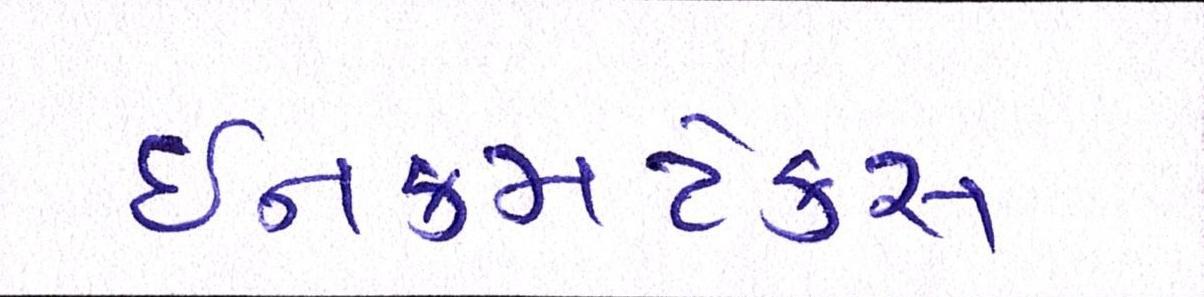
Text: ઈનકમટેક્સ